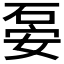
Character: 𥒇